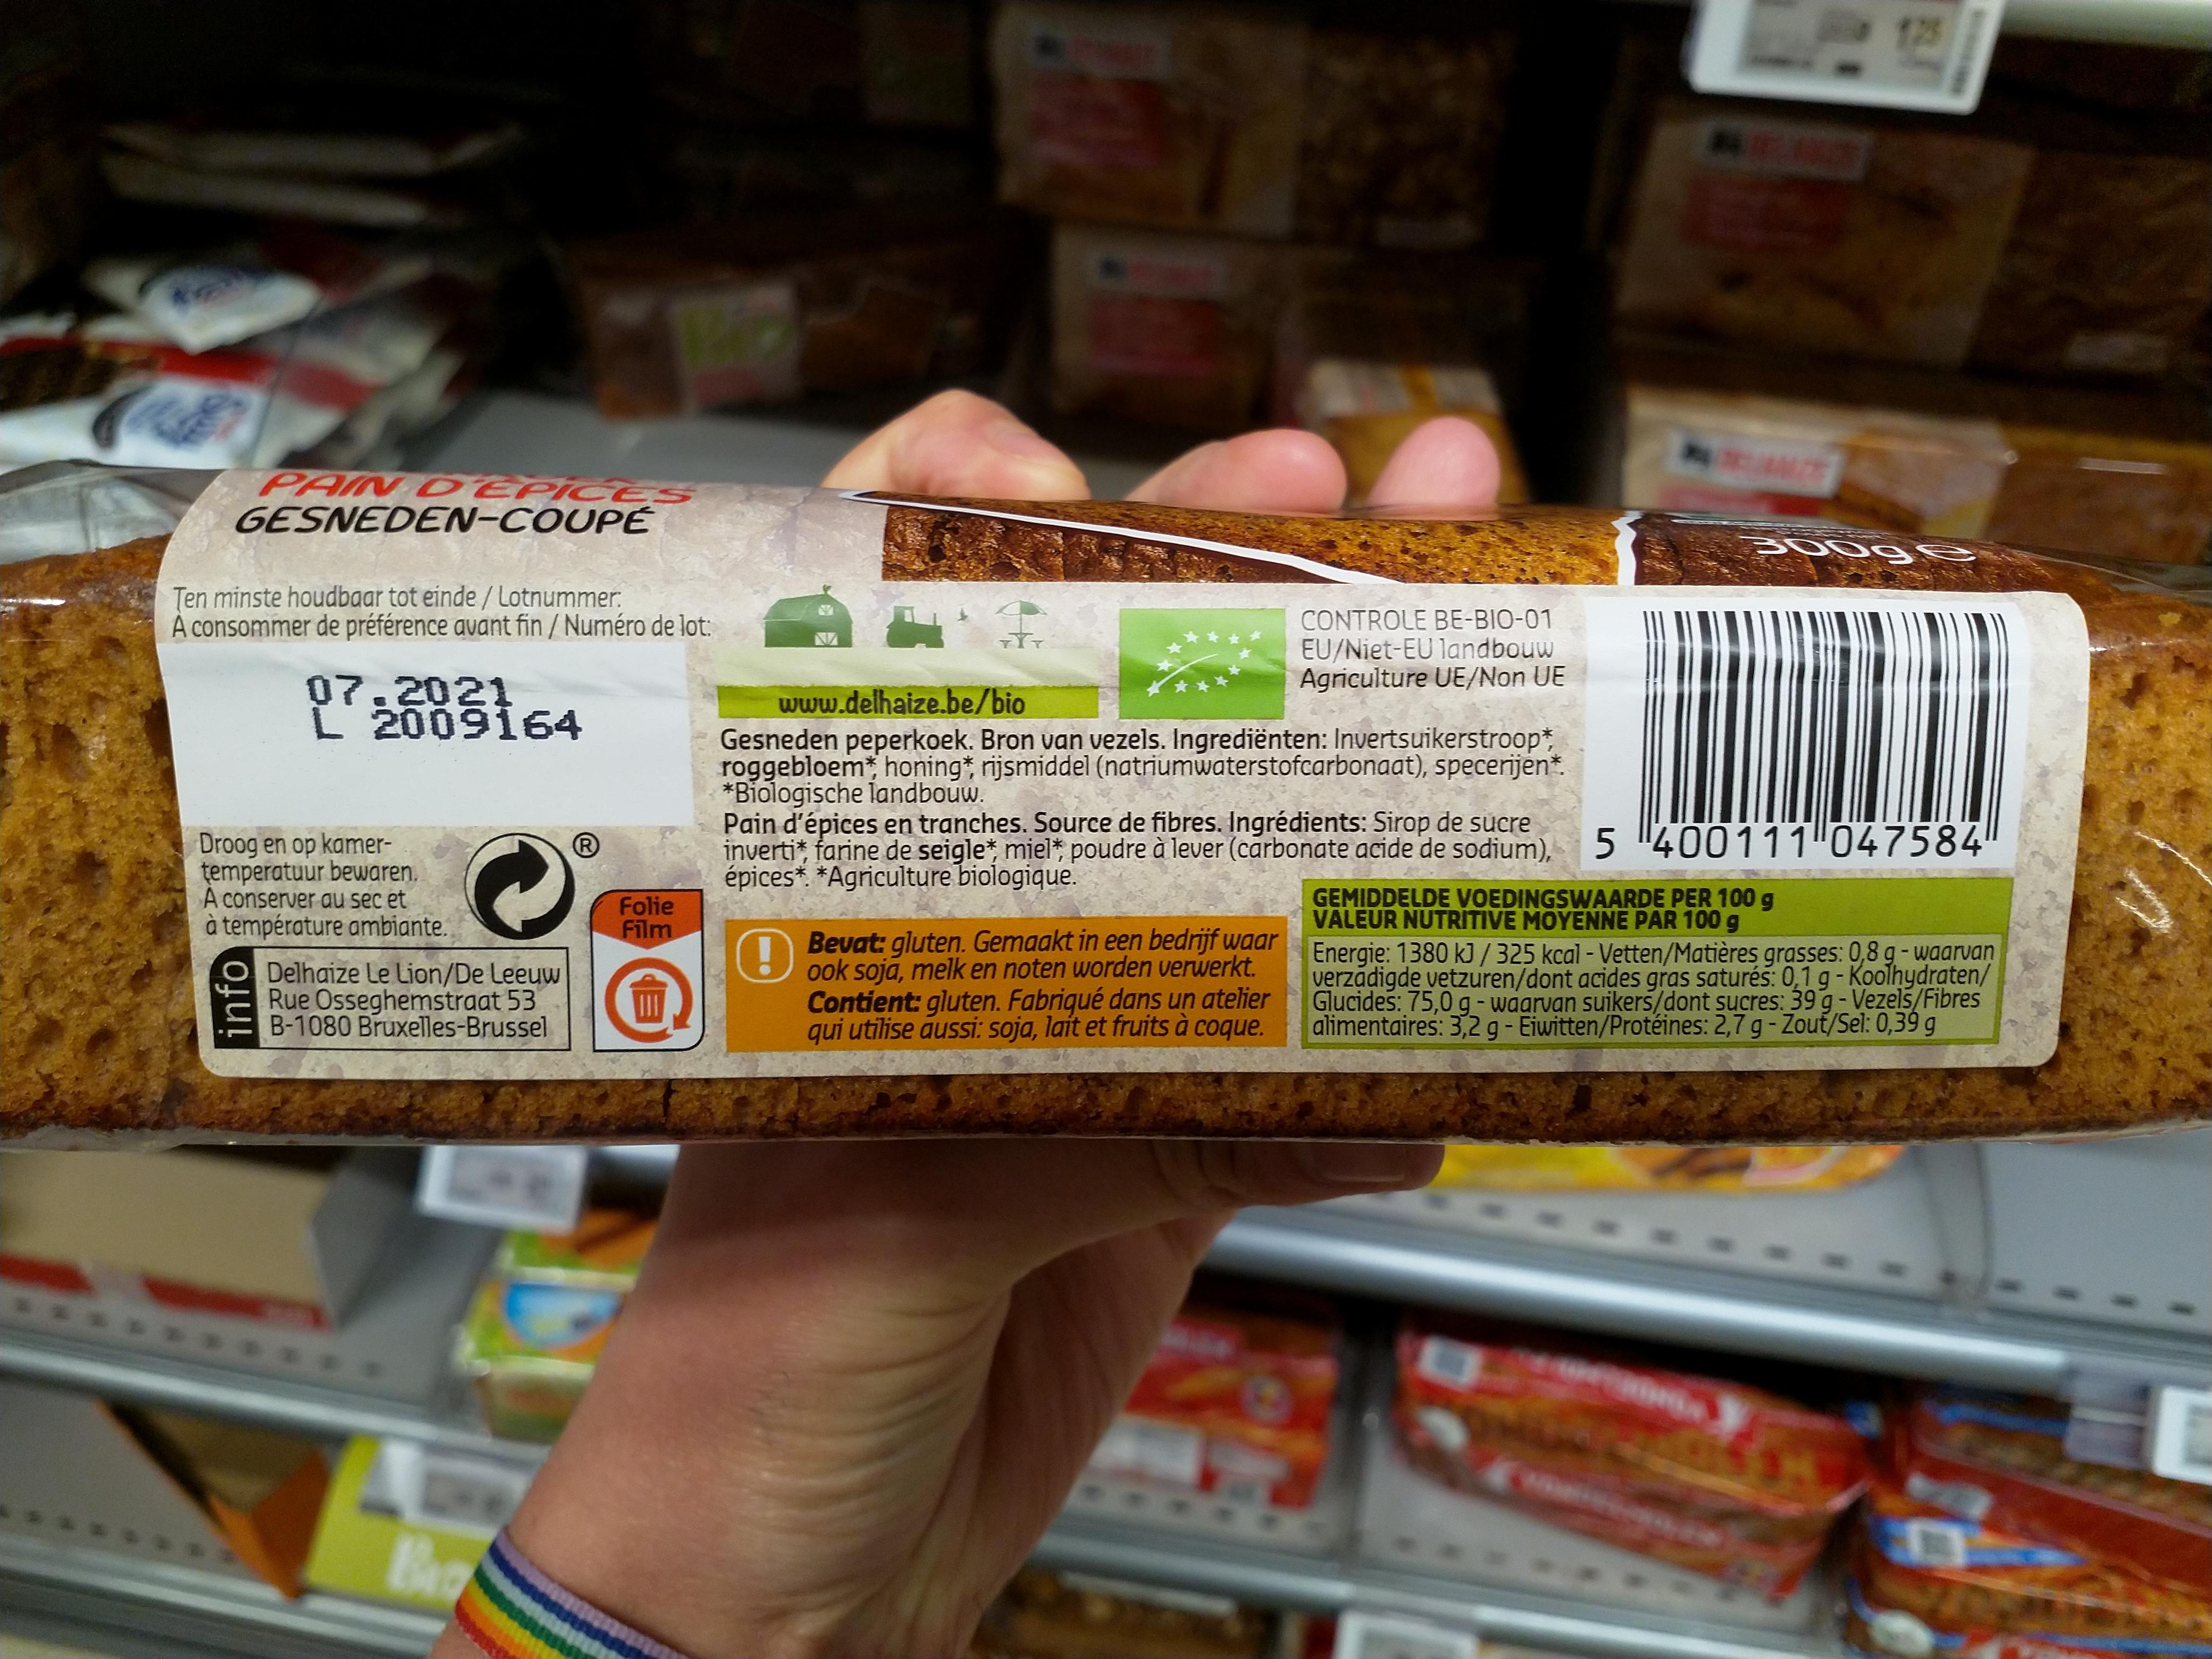
175
PAIN D EPICES GESNEDEN-COUPÉ
300 E
Ten minste houdbaar tot einde / Lotnummer. A consommer de préférence avant fin / Numéro de lot:
CONTROLE BE-BIO-01 EU/Niet-EU landbouw Agriculture UE/Non UE
07.2021 L 2009164
www.delhaize.be/bio Gesneden peperkoek. Bron van vezels. Ingrediënten: Invertsuikerstroop* roggebloem honing* rijsmiddel (natriumwaterstofcarbonaat), specerijen*. *Biologische landbouw. Pain d'épices en tranches. Source de fibres. Ingrédients: Sirop de sucre inverti* farine de seigle* miel* poudre à lever (carbonate acide de sodium), épices*. *Agriculture biologique.
5 "400111"047584
Droog en op kamer- temperatuur bewaren. A conserver au sec et à température ambiante.
GEMIDDELDE VOEDINGSWAARDE PER 100 g VALEUR NUTRITIVE MOYENNE PAR 100 g Energie: 1380 kJ/325 kcal - Vetten/Matières grasses: 0,8 g - waarvan verzadigde vetzuren/dont acides gras saturés: 0,1 g-Koolhydraten/ Glucides: 75,0 g-waarvan suikers/dont sucres: 39 g-Vezels/Fibres alimentaires: 3,2 g- Eiwitten/Protéines: 2,7 g- Zout/Sel: 0,39 g
Folie Film
Delhaize Le Lion/De Leeuw Rue Osseghemstraat 53 B-1080 Bruxelles-Brussel
Bevat: gluten. Gemaakt in een bedrijf waar ook sojā, melk en noten worden verwerkt. Contient: gluten. Fabriqué dans un atelier coque.
qui utilise aussi: soja, lait et fruits à
info